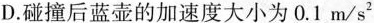
D.碰撞后蓝壶的加速度大小为0.1m/s^{2}